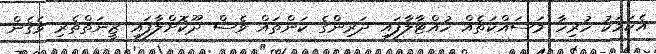
އެކަމަކު ހުރިހާ މަސައްކަތެއް ހުއްޓާލާފައި ދަރިންގެ ކަންތައް ވެސް ދޫކޮށްލާފައި ޒީނަތްތެރި ވެގެން